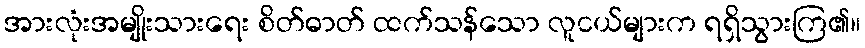
အားလုံးအမျိုးသားရေး စိတ်ဓာတ် ထက်သန်သော လူငယ်များက ရရှိသွားကြ၏။